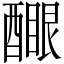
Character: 𨢻